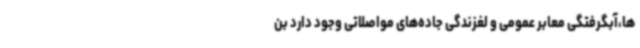
‌ها،آبگرفتگی معابر عمومی و لغزندگی جاده‌های مواصلاتی وجود دارد بن